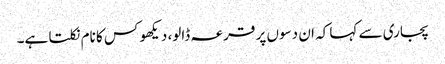
پجاری سے کہا کہ ان دسوں پر قرعہ ڈالو، دیکھو کس کا نام نکلتا ہے۔